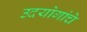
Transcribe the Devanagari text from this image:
उदयोगांचे